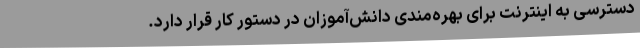
دسترسی به اینترنت برای بهره‌مندی دانش‌آموزان در دستور کار قرار دارد.